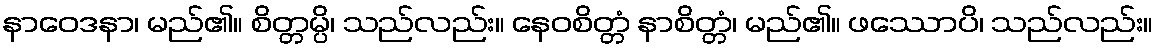
နာဝေဒနာ၊ မည်၏။ စိတ္တမ္ပိ၊ သည်လည်း။ နေဝစိတ္တံ နာစိတ္တံ၊ မည်၏။ ဖဿောပိ၊ သည်လည်း။